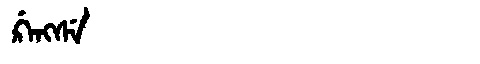
Manchu: ᡤ᠋ᠠᠩᠰᡝ
Romanization: G'ANGSE